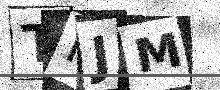
Text: TNJM